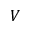
V